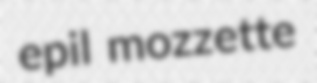
epil mozzette